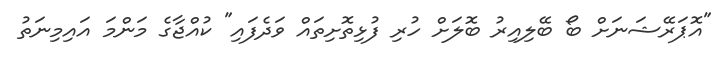
"އޮޕަރޭޝަނަށް ބޯ ބޭލިއިރު ބޮލަށް ހުރި ފުޅިތޮށިތައް ވަދެފައި" ކުއްޖާގެ މަންމަ އައިމިނަތު